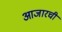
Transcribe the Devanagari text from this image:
आजारची